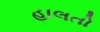
હાલતો